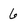
Character: 6